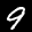
Label: 9